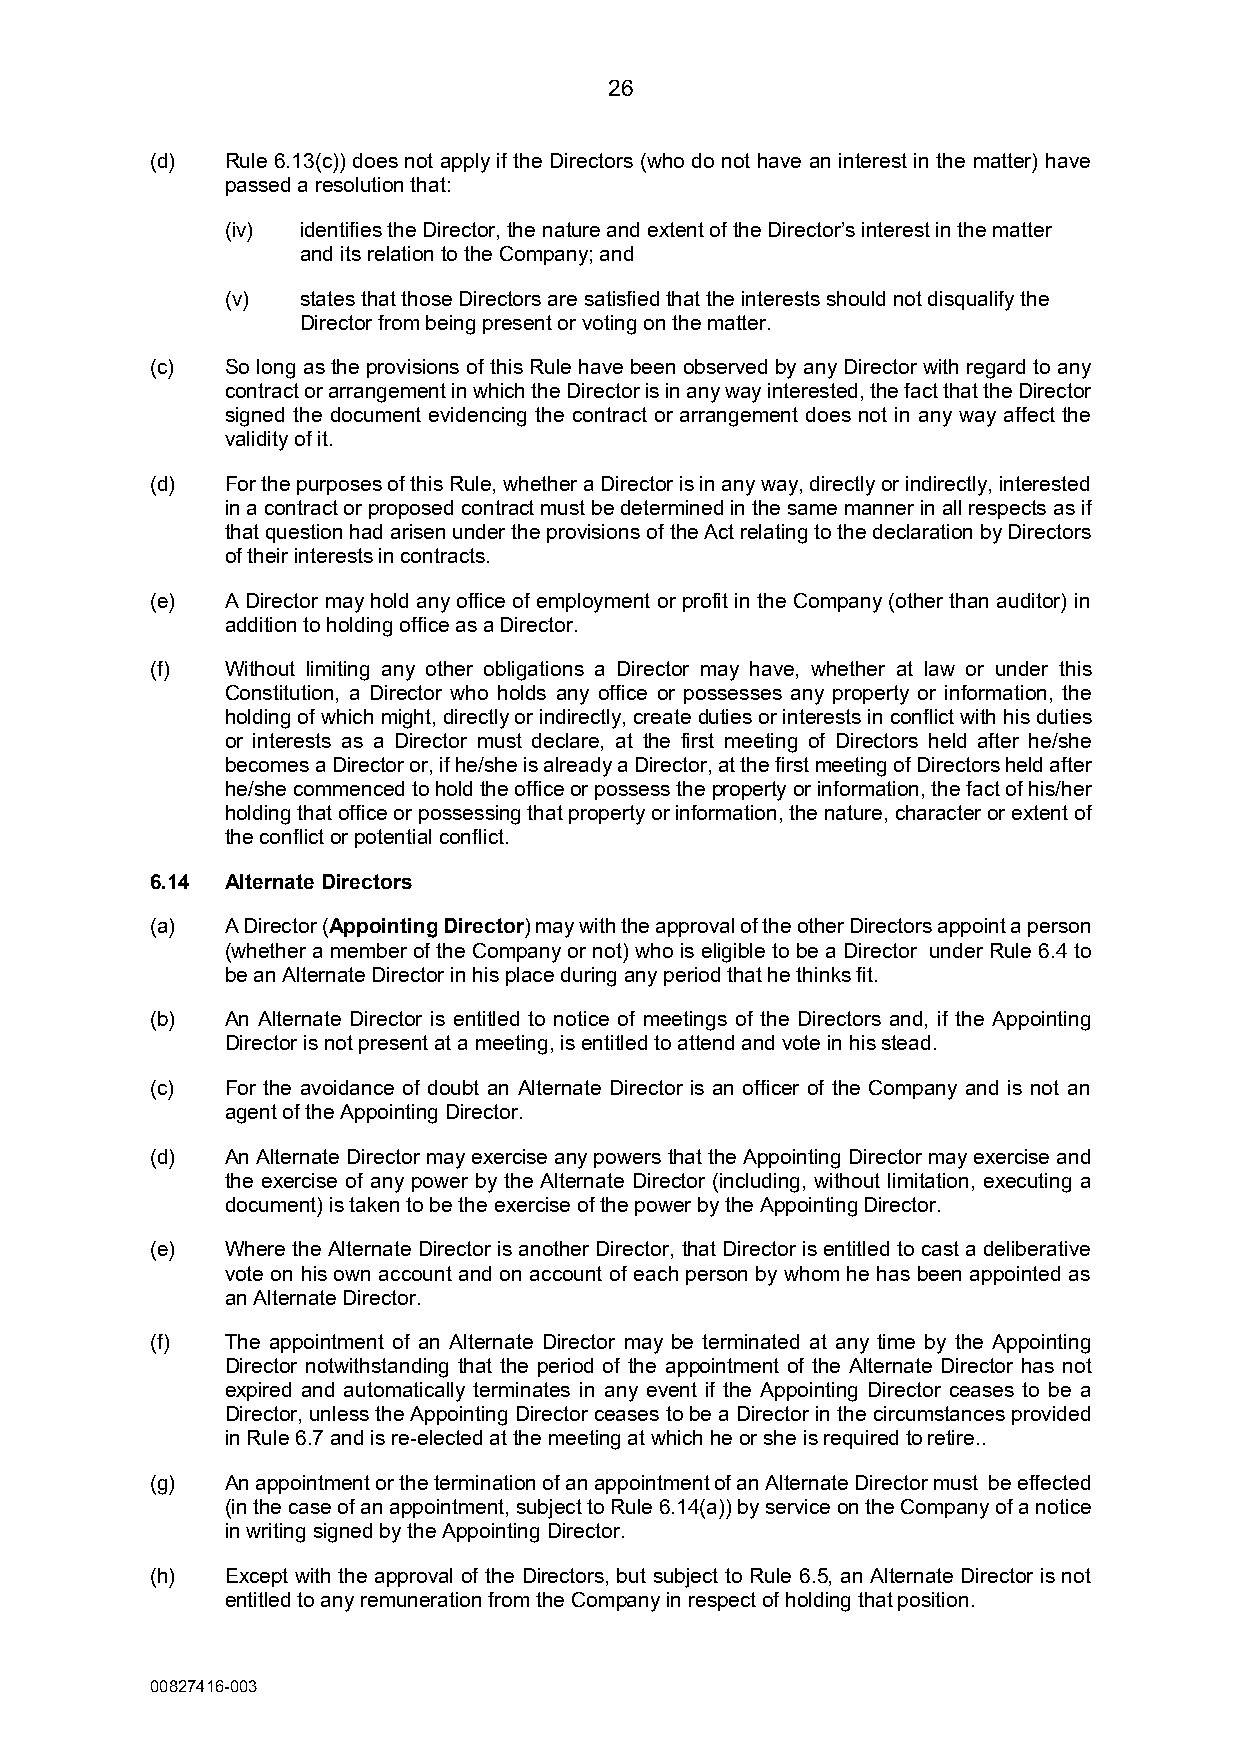
26
 (d)  Rule 6.13(c)) does not apply if the Directors (who do not have an interest in the matter) have
 passed a resolution that:
 (iv) identifies the Director, the nature and extent of the Director’s interest in the matter
 and its relation to the Company; and
 (v)  states that those Directors are satisfied that the interests should not disqualify the
 Director from being present or voting on the matter.
 (c)  So long as the provisions of this Rule have been observed by any Director with regard to any
 contract or arrangement in which the Director is in any way interested, the fact that the Director
 signed the document evidencing the contract or arrangement does not in any way affect the
 validity of it.
 (d)  For the purposes of this Rule, whether a Director is in any way, directly or indirectly, interested
 in a contract or proposed contract must be determined in the same manner in all respects as if
 that question had arisen under the provisions of the Act relating to the declaration by Directors
 of their interests in contracts.
 (e)  A Director may hold any office of employment or profit in the Company (other than auditor) in
 addition to holding office as a Director.
 (f)  Without limiting any other obligations a Director may have, whether at law or under this
 Constitution, a Director who holds any office or possesses any property or information, the
 holding of which might, directly or indirectly, create duties or interests in conflict with his duties
 or interests as a Director must declare, at the first meeting of Directors held after he/she
 becomes a Director or, if he/she is already a Director, at the first meeting of Directors held after
 he/she commenced to hold the office or possess the property or information, the fact of his/her
 holding that office or possessing that property or information, the nature, character or extent of
 the conflict or potential conflict.
 6.14 Alternate Directors
 (a)  A Director (Appointing Director) may with the approval of the other Directors appoint a person
 (whether a member of the Company or not) who is eligible to be a Director under Rule 6.4 to
 be an Alternate Director in his place during any period that he thinks fit.
 (b)  An Alternate Director is entitled to notice of meetings of the Directors and, if the Appointing
 Director is not present at a meeting, is entitled to attend and vote in his stead.
 (c)  For the avoidance of doubt an Alternate Director is an officer of the Company and is not an
 agent of the Appointing Director.
 (d)  An Alternate Director may exercise any powers that the Appointing Director may exercise and
 the exercise of any power by the Alternate Director (including, without limitation, executing a
 document) is taken to be the exercise of the power by the Appointing Director.
 (e)  Where the Alternate Director is another Director, that Director is entitled to cast a deliberative
 vote on his own account and on account of each person by whom he has been appointed as
 an Alternate Director.
 (f)  The appointment of an Alternate Director may be terminated at any time by the Appointing
 Director notwithstanding that the period of the appointment of the Alternate Director has not
 expired and automatically terminates in any event if the Appointing Director ceases to be a
 Director, unless the Appointing Director ceases to be a Director in the circumstances provided
 in Rule 6.7 and is re-elected at the meeting at which he or she is required to retire..
 (g)  An appointment or the termination of an appointment of an Alternate Director must be effected
 (in the case of an appointment, subject to Rule 6.14(a)) by service on the Company of a notice
 in writing signed by the Appointing Director.
 (h)  Except with the approval of the Directors, but subject to Rule 6.5, an Alternate Director is not
 entitled to any remuneration from the Company in respect of holding that position.
 00827416-003